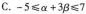
C.$$-5 \leq \alpha+3 \beta \leq 7$$